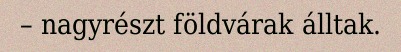
– nagyrészt földvárak álltak.